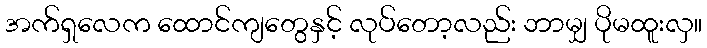
အက်ရှလေက ထောင်ကျတွေနှင့် လုပ်တော့လည်း ဘာမျှ ပိုမထူးလှ။